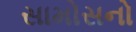
સામોસનો